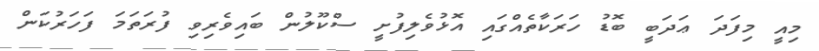
މިއީ މިފަދަ ޢަދަބީ ބޮޑު ހަރަކާތެއްގައި އޮޅުވެލިފުށީ ސްކޫލުން ބައިވެރިވި ފުރަތަމަ ފަހަރުކަން